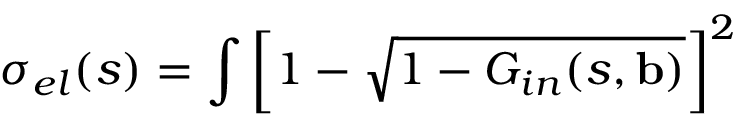
\sigma _ { e l } ( s ) = \int \left[ 1 - \sqrt { 1 - G _ { i n } ( s , \mathbf { b } ) } \right] ^ { 2 }